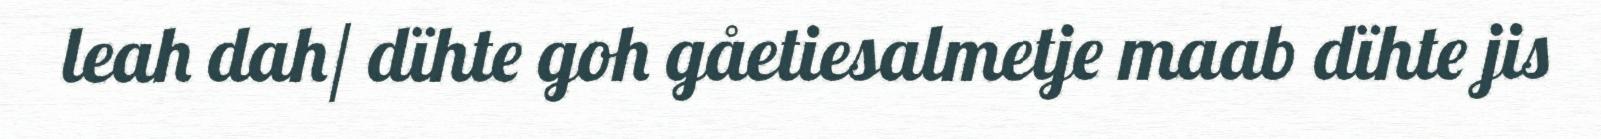
leah dah/ dïhte goh gåetiesalmetje maab dïhte jis